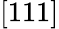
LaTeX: \left[111\right]